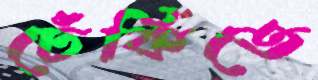
ঢেঁকিতে